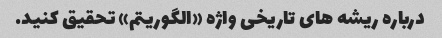
درباره ریشه های تاریخی واژه «الگوریتم» تحقیق کنید.